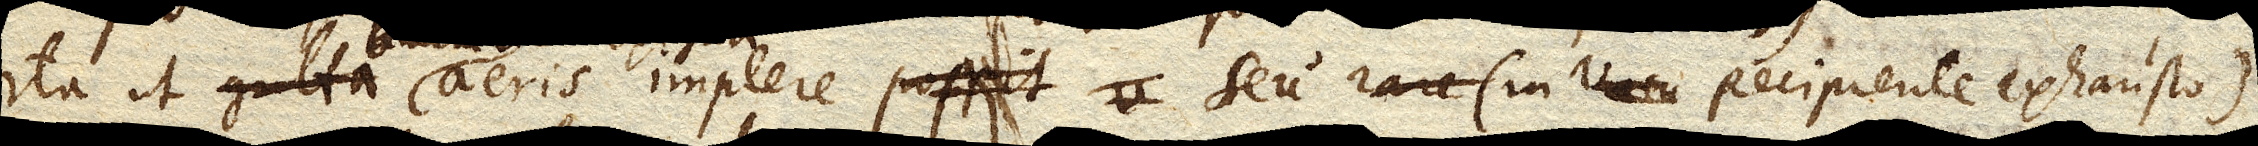
ita ut gutta aeris implere seu (in Recipiente exhausto)